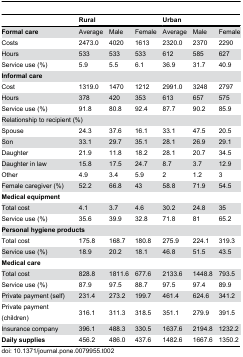
<table><thead><tr><td></td><td colspan="3"><b>Rural</b></td><td colspan="3"><b>Urban</b></td></tr></thead><tbody><tr><td><b>Formal care</b></td><td>Average</td><td>Male</td><td>Female</td><td>Average</td><td>Male </td><td>Female</td></tr><tr><td> Costs</td><td>2473.0 </td><td>4020</td><td>1613</td><td>2320.0 </td><td>2370</td><td>2290</td></tr><tr><td> Hours</td><td>533</td><td>533</td><td>533</td><td>612</td><td>585</td><td>627</td></tr><tr><td> Service use (%)</td><td>5.9</td><td>5.5</td><td>6.1</td><td>36.9</td><td>31.7</td><td>40.9</td></tr><tr><td><b>Informal care</b></td><td></td><td></td><td></td><td></td><td></td><td></td></tr><tr><td> Cost</td><td>1319.0 </td><td>1470</td><td>1212</td><td>2991.0 </td><td>3248</td><td>2797</td></tr><tr><td> Hours</td><td>378</td><td>420</td><td>353</td><td>613</td><td>657</td><td>575</td></tr><tr><td> Service use (%)</td><td>91.8</td><td>80.8</td><td>92.4</td><td>87.7</td><td>90.2</td><td>85.9</td></tr><tr><td colspan="3"> Relationship to recipient (%)</td><td></td><td></td><td></td><td></td></tr><tr><td> Spouse</td><td>24.3 </td><td>37.6</td><td>16.1</td><td>33.1</td><td>47.5</td><td>20.5</td></tr><tr><td> Son</td><td>33.1</td><td>29.7</td><td>35.1</td><td>28.1</td><td>26.9</td><td>29.1</td></tr><tr><td> Daughter</td><td>21.9</td><td>11.8</td><td>18.2</td><td>28.1</td><td>20.7</td><td>34.5</td></tr><tr><td> Daughter in law</td><td>15.8</td><td>17.5</td><td>24.7</td><td>8.7</td><td>3.7</td><td>12.9</td></tr><tr><td> Other</td><td>4.9</td><td>3.4</td><td>5.9</td><td>2</td><td>1.2</td><td>3</td></tr><tr><td> Female caregiver (%)</td><td>52.2</td><td>66.8</td><td>43</td><td>58.8</td><td>71.9</td><td>54.5</td></tr><tr><td><b>Medical equipment</b></td><td></td><td></td><td></td><td></td><td></td><td></td></tr><tr><td> Total cost</td><td>4.1 </td><td>3.7</td><td>4.6</td><td>30.2 </td><td>24.8</td><td>35</td></tr><tr><td> Service use (%)</td><td>35.6</td><td>39.9</td><td>32.8</td><td>71.8</td><td>81</td><td>65.2</td></tr><tr><td colspan="2"><b>Personal hygiene products</b></td><td></td><td></td><td></td><td></td><td></td></tr><tr><td> Total cost</td><td>175.8 </td><td>168.7</td><td>180.8</td><td>275.9 </td><td>224.1</td><td>319.3</td></tr><tr><td> Service use (%)</td><td>18.9</td><td>20.2</td><td>18.1</td><td>46.8</td><td>51.5</td><td>43.5</td></tr><tr><td><b>Medical care</b></td><td></td><td></td><td></td><td></td><td></td><td></td></tr><tr><td> Total cost</td><td>828.8 </td><td>1811.6 </td><td>677.6 </td><td>2133.6</td><td>1448.8 </td><td>793.5 </td></tr><tr><td> Service use (%)</td><td>87.9 </td><td>97.5 </td><td>88.7 </td><td>97.5 </td><td>97.4 </td><td>89.9 </td></tr><tr><td> Private payment (self)</td><td>231.4 </td><td>273.2 </td><td>199.7 </td><td>461.4 </td><td>624.6 </td><td>341.2 </td></tr><tr><td> Private payment (children)</td><td>316.1 </td><td>311.3 </td><td>318.5 </td><td>351.1 </td><td>279.9 </td><td>391.5 </td></tr><tr><td> Insurance company </td><td>396.1 </td><td>488.3 </td><td>330.5 </td><td>1637.6 </td><td>2194.8 </td><td>1232.2 </td></tr><tr><td><b>Daily supplies</b></td><td>456.2 </td><td>486.0 </td><td>437.6 </td><td>1482.6 </td><td>1667.6 </td><td>1350.2 </td></tr></tbody></table>